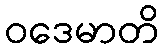
ဝဒေမာတိ